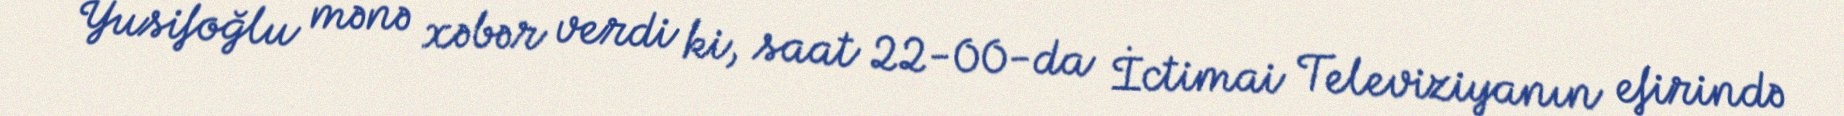
Yusifoğlu mənə xəbər verdi ki, saat 22-00-da İctimai Televiziyanın efirində